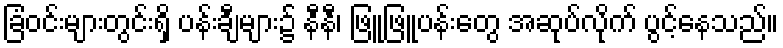
ခြံဝင်းများတွင်းရှိ ပန်းချီများ၌ နီနီ၊ ဖြူဖြူပန်းတွေ အဆုပ်လိုက် ပွင့်နေသည်။